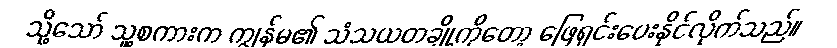
သို့သော် သူ့စကားက ကျွန်မ၏ သံသယတချို့ကိုတော့ ဖြေရှင်းပေးနိုင်လိုက်သည်။